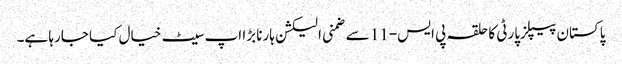
پاکستان پیپلزپارٹی کا حلقہ پی ایس-11 سے ضمنی الیکشن ہارنا بڑا اپ سیٹ خیال کیا جارہا ہے۔